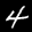
Label: 4